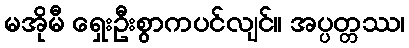
မအိုမီ ရှေးဦးစွာကပင်လျင်။ အပ္ပတ္တဿ၊